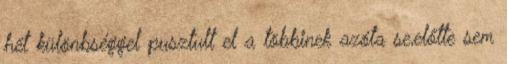
hét különbséggel pusztult el a többinek azóta se,előtte sem